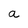
Character: a